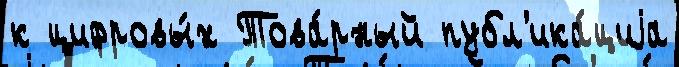
к цифровы́х Това́рный публ'ика́циjа